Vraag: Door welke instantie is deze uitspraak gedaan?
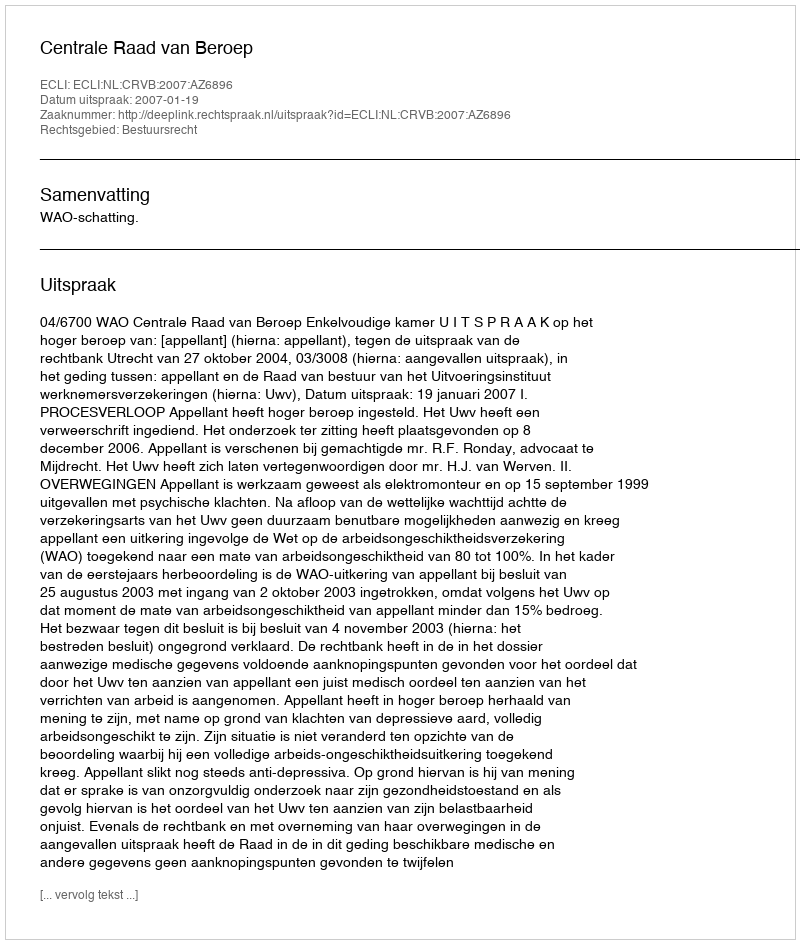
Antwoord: Centrale Raad van Beroep